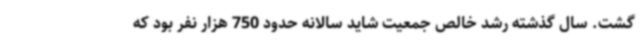
گشت. سال گذشته رشد خالص جمعیت شاید سالانه حدود 750 هزار نفر بود که